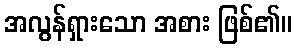
အလွန်ရှားသော အစား ဖြစ်၏။